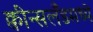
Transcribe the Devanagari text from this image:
क्वीन्सलँडमध्ये